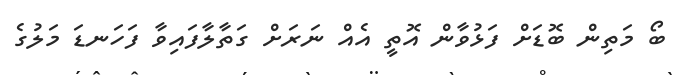
ބޯ މަތިން ބޮޑަށް ފަޅުވާން އޮތީ އެއް ނަރަށް ގަތާލާފައިވާ ފަހަނޑަ މަލުގެ